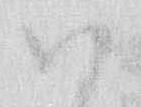
ハ